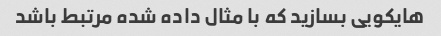
هایکویی بسازید که با مثال داده شده مرتبط باشد